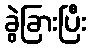
ခွဲခြားပြီး